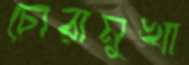
চোরামুখা